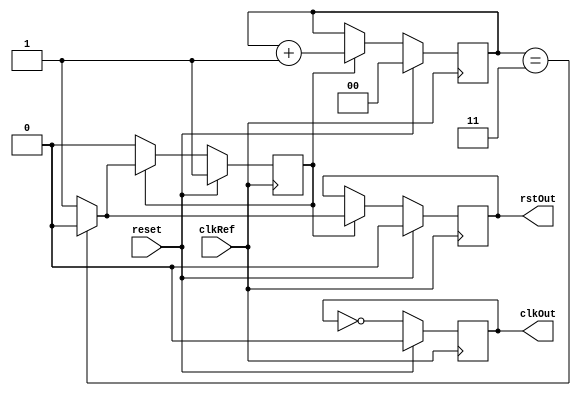
module PLL_old(clkRef, clkOut, reset, rstOut);

input clkRef, reset;
output reg clkOut, rstOut;

reg sendReset;
reg [1:0] counter;

always @(posedge clkRef)
begin
	if (reset)
	begin
		clkOut <= 0;
		sendReset = 1'b1;
		counter = 2'b00;
		rstOut = 1'b0;
	end
	else
	begin		
		clkOut = ~clkOut;			
		if (sendReset)
		begin
			
			if (counter == 2'b11)
			begin
				rstOut = 1'b0;
				sendReset = 1'b0;
			end
			else
			begin
				rstOut = 1'b1;
			end	
			
			counter = counter + 1;
		end
	end
end

endmodule